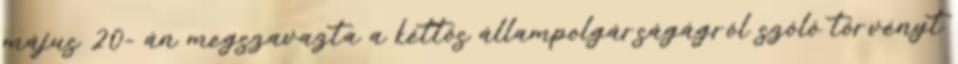
május 20- án megszavazta a kéttös állampolgárságágról szóló törvényt